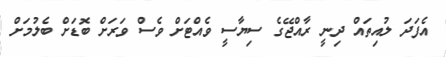
އެފަދަ ލުއިތައް ދިނީ ރާއްޖޭގެ ސިޔާސީ ވެއްޓަށް ވެސް ވަރަށް ބޮޑަށް ބެލުމަށް